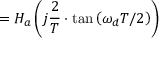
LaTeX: = H _ { a } \left( j { \frac { 2 } { T } } \cdot \tan \left( \omega _ { d } T / 2 \right) \right)